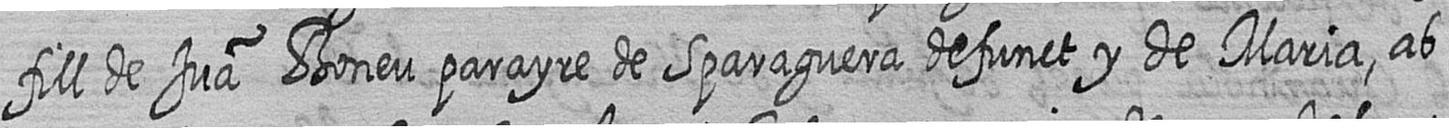
fill de Jua Boneu parayre de Sparaguera defunct y de Maria ab